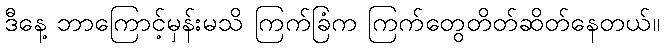
ဒီနေ့ ဘာကြောင့်မှန်းမသိ ကြက်ခြံက ကြက်တွေတိတ်ဆိတ်နေတယ်။